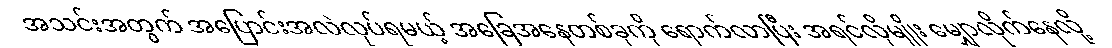
အသင်းအတွက် အပြောင်းအလဲလုပ်ရမယ့် အခြေအနေတစ်ခုကို ရောက်လာပြီး အရင်လိုမျိုး မျှောလိုက်နေလို့